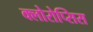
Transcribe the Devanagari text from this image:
क्लोरोप्सिस